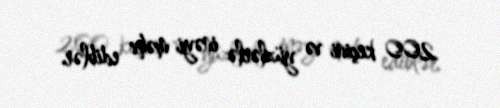
200 keçini və yüzlərlə inəyi məhv ediblər.